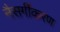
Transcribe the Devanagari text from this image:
नैसर्गीकरण